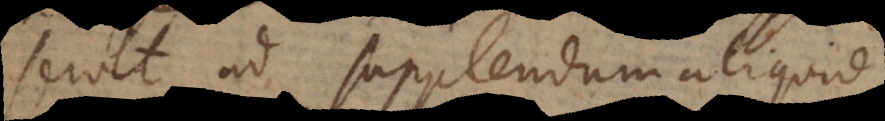
servit ad supplendum aliquid